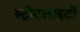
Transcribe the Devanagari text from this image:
स्‍ट्रीटलाइटों